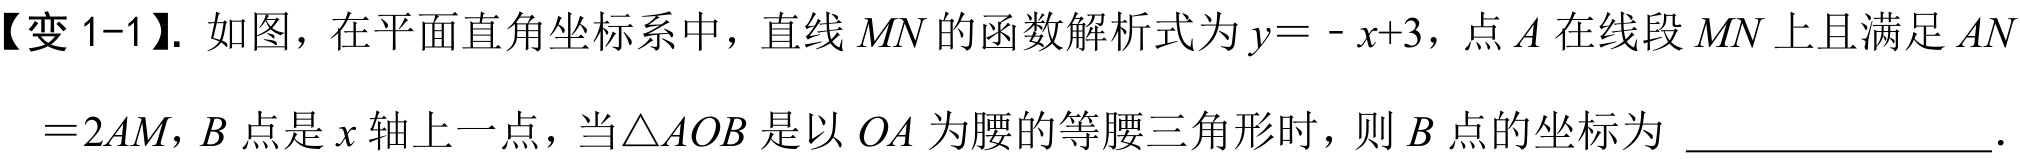
【变 1-1】. 如图，在平面直角坐标系中，直线\(MN\)的函数解析式为\(y = - x + 3\)，点\(A\)在线段\(MN\)上且满足\(AN=2AM\)，\(B\)点是\(x\)轴上一点，当\(\triangle AOB\)是以\(OA\)为腰的等腰三角形时，则\(B\)点的坐标为  ．